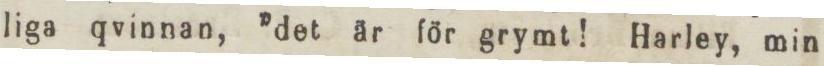
liga qvinnan, ”det är för grymt! Harley, min